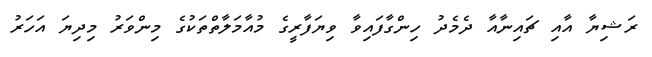
ރަޝިޔާ އާއި ޗައިނާއާ ދެމެދު ހިންގާފައިވާ ވިޔަފާރީގެ މުއާމަލާތްތަކުގެ މިންވަރު މިދިޔަ އަހަރު